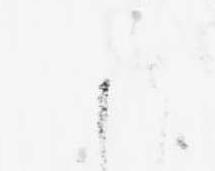
か